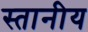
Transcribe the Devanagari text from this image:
स्तानीय